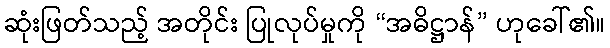
ဆုံးဖြတ်သည့် အတိုင်း ပြုလုပ်မှုကို “အဓိဋ္ဌာန်” ဟုခေါ်၏။